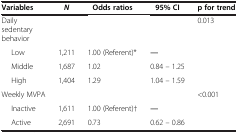
| Variables | N | Odds ratios | 95% CI | p for trend |
 | --- | --- | --- | --- | --- |
 | Daily sedentary behavior |  |  |  | 0.013 |
 | Low | 1,211 | 1.00 (Referent)* | ― |  |
 | Middle | 1,687 | 1.02 | 0.84 – 1.25 |  |
 | High | 1,404 | 1.29 | 1.04 – 1.59 |  |
 | Weekly MVPA |  |  |  | <0.001 |
 | Inactive | 1,611 | 1.00 (Referent)† | ― |  |
 | Active | 2,691 | 0.73 | 0.62 – 0.86 |  |